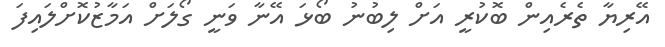
އޭރިޔާ ތެރެއިން ބޮކުރީ އަށް ލިބުނު ބޯޅަ އޭނާ ވަނީ ގޯލަށް އަމާޒުކޮށްލައިފަ